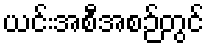
ယင်းအစီအစဉ်တွင်